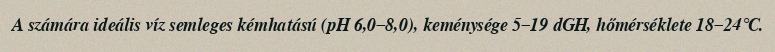
A számára ideális víz semleges kémhatású (pH 6,0–8,0), keménysége 5–19 dGH, hőmérséklete 18–24°C.